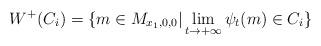
LaTeX: \begin{align*}W^+(C_i) = \{m\in M_{x_1,0,0}| \lim_{t\rightarrow +\infty}\psi_t(m)\in C_i\}\end{align*}